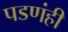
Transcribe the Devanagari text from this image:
पडणंही